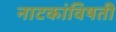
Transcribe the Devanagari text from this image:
नाटकांविषती